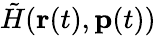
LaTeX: \tilde{H}(\textbf{r}(t),\textbf{p}(t))